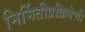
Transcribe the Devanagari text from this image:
निर्मितीप्रक्रियेची